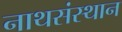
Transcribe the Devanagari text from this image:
नाथसंस्थान